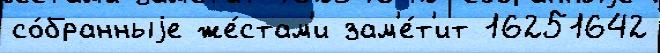
со́бранныjе же́стам'и зам'е́т'ит 16251642